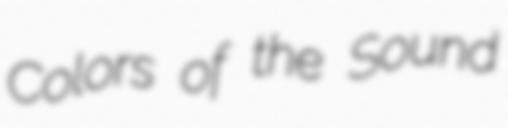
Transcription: Colors of the Sound